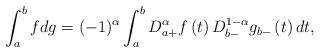
LaTeX: \begin{align*}\int_{a}^{b}fdg=(-1)^{\alpha }\int_{a}^{b}D_{a+}^{\alpha }f\left( t\right)D_{b-}^{1-\alpha }g_{b-}\left( t\right) dt, \end{align*}